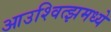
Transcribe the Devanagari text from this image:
आउश्वित्झमध्ये